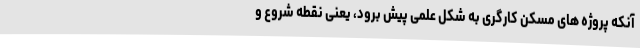
آنکه پروژه های مسکن کارگری به شکل علمی پیش برود، یعنی نقطه شروع و